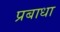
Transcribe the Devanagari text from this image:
प्रबाधा